Report on the treatment of epidemic cholera: from information collected by the governments of Bengal, Madras, Bombay, N.W. Provinces, Punjab, Oudh, and Central India, by order of the Government of India
Disease focus: Cholera
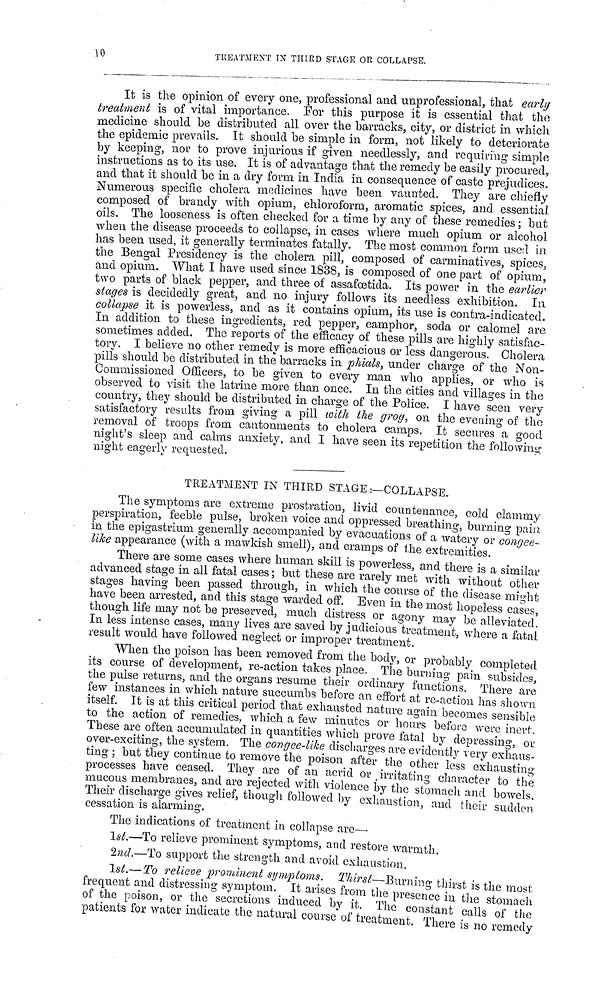
10
TREATMENT IN THIRD STAGE OR COLLAPSE.
It is the opinion of every one, professional and unprofessional, that early
treatment is of vital importance. For this purpose it is essential that the
medicine should be distributed all over the barracks, city, or district in which
the epidemic prevails. It should be simple in form, not likely to deteriorate
by keeping, nor to prove injurious if given needlessly, and requiring simple
instructions as to its use. It is of advantage that the remedy be easily procured,
and that it should be in a dry form in India in consequence of caste prejudices.
Numerous specific cholera medicines have been vaunted. They are chiefly
composed of brandy with opium, chloroform, aromatic spices, and essential
oils. The looseness is often checked for a time by any of these remedies ; but
when the disease proceeds to collapse, in cases where much opium or alcohol
has been used, it generally terminates fatally. The most common form used in.
the Bengal Presidency is the cholera pill, composed of carminatives, spices,
and opium. What I have used since 1838, is composed of one part of opium,
two parts of black pepper, and three of assafœtida. Its power in the earlier
stages is decidedly great, and no injury follows its needless exhibition. In
collapse it is powerless, and as it contains opium, its use is contra-indicated.
In addition to these ingredients, red pepper, camphor, soda or calomel are
sometimes added. The reports of the efficacy of these pills are highly satisfac-
tory. I believe no other remedy is more efficacious or less dangerous. Cholera
pills should be distributed in the barracks in phials, under charge of the N on-
Commissioned Officers, to be given to every man who applies, or who is
observed to visit the latrine more than once. In the cities and villages in the
country, they should be distributed in charge of the Police. I have seen very
satisfactory results from giving a pill with the grog, on the evening of the
removal of troops from cantonments to cholera camps. It secures a good
night's sleep and calms anxiety, and I have seen its repetition the following
night eagerly requested.
TREATMENT IN THIRD STAGE :—COLLAPSE.
The symptoms are extreme prostration, livid countenance, cold clammy
perspiration, feeble pulse, broken voice and oppressed breathing, burning pain
in the epigastrium generally accompanied by evacuations of a watery or congee-
like appearance (with a mawkish smell), and cramps of the extremities.
There are some cases where human skill is powerless, and there is a similar
advanced stage in all fatal cases ; but these are rarely met with without other
stages having been passed through, in which the course of the disease might
have been arrested, and this stage warded off. Even in the most hopeless cases,
though life may not be preserved, much distress or agony may be alleviated!
In less intense cases, many lives are saved by judicious treatment, where a fatal
result would have followed neglect or improper treatment.
When the poison has been removed from the body, or probably completed
its course of development, re-action takes place. The burning pain subsides,
the pulse returns, and the organs resume their ordinary functions. There are
few instances in which nature succumbs before an effort at re-action has shown
itself. It is at this critical period that exhausted nature again becomes sensible
to the action of remedies, which a few minutes or hours before were inert.
These are often accumulated in quantities which prove fatal by depressing, or
over-exciting, the system. The congee-like discharges are evidently very exhaus-
ting ; but they continue to remove the poison after the other less exhausting
processes have ceased. They are of an acrid or irritating character to the
mucous membranes, and are rejected with violence by the stomach and bowels
Their discharge gives relief, though followed by exhaustion, and their sudden
cessation is alarming.
The indications of treatment in collapse are—
1st.—To relieve prominent symptoms, and restore warmth.
2nd.—To support the strength and avoid exhaustion.
1st.— To relieve prominent symptoms. Thirst—Burning thirst is the most
frequent and distressing symptom. It arises from the presence in the stomach
of the poison, or the secretions induced by it. The constant calls of the
patients for water indicate the natural course of treatment, There is no remedy